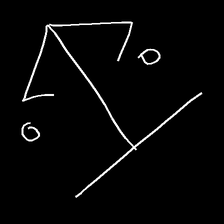
Glyph: earth